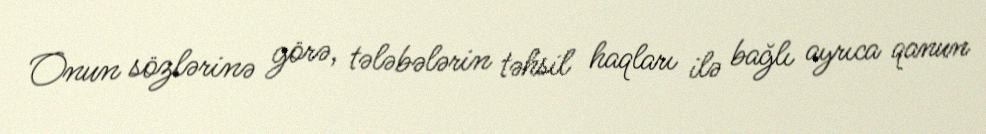
Onun sözlərinə görə, tələbələrin təhsil haqları ilə bağlı ayrıca qanun